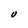
Character: U